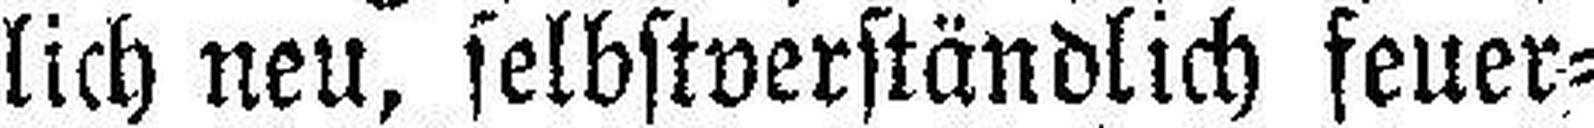
lich neu, selbstverständlich feuer¬